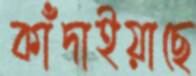
কাঁদাইয়াছে